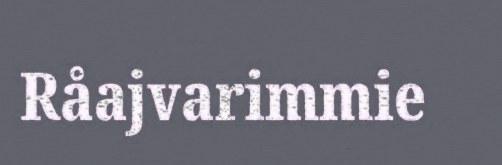
Råajvarimmie